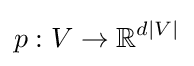
p:V\rightarrow \mathbb {R} ^{d|V|}